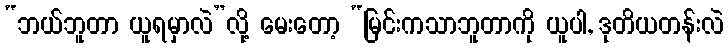
“ဘယ်ဘူတာ ယူရမှာလဲ”လို့ မေးတော့ “မြင်းကသာဘူတာကို ယူပါ, ဒုတိယတန်းလဲ